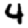
Digit: 4